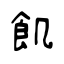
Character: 飢